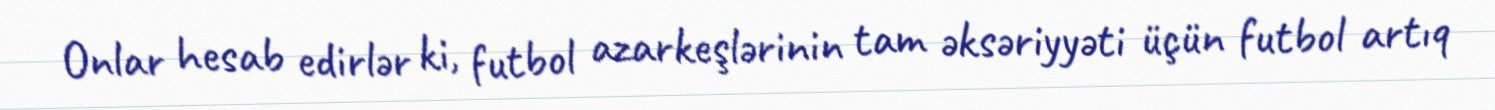
Onlar hesab edirlər ki, futbol azarkeşlərinin tam əksəriyyəti üçün futbol artıq